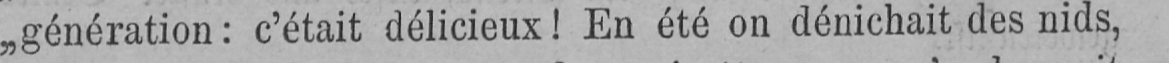
„génération: c’était délicieux! En été on dénichait des nids,